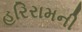
હરિરામની